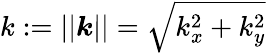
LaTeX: k:=||\boldsymbol{k}||=\sqrt{k_{x}^{2}+k_{y}^{2}}